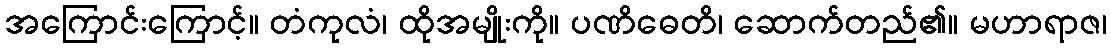
အကြောင်းကြောင့်။ တံကုလံ၊ ထိုအမျိုးကို။ ပဏိဓေတိ၊ ဆောက်တည်၏။ မဟာရာဇ၊